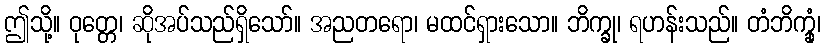
ဤသို့။ ဝုတ္တေ၊ ဆိုအပ်သည်ရှိသော်။ အညတရော၊ မထင်ရှားသော။ ဘိက္ခု၊ ရဟန်းသည်။ တံဘိက္ခုံ၊